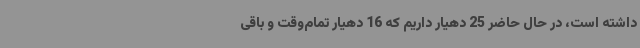
داشته است، در حال حاضر 25 دهیار داریم که 16 دهیار تمام‌وقت و باقی